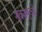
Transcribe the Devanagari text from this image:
शुक्राणुओ